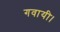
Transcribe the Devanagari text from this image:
गवायी।